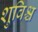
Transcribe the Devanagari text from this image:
शुविश्च